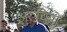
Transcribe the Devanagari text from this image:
अरुचियों